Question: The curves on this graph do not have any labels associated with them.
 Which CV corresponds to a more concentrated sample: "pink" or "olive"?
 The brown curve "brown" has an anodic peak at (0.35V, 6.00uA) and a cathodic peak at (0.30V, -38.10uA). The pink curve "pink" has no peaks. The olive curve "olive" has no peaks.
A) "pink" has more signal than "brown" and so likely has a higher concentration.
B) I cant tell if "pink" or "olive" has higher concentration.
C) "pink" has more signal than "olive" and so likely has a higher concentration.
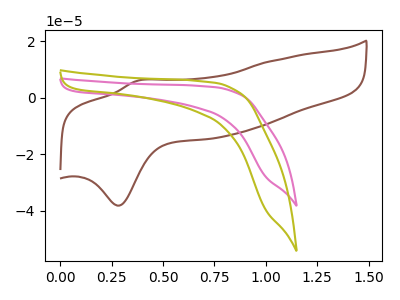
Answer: <think>Neither "pink" or "olive" have any peaks.
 </think>
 <answer>B) I cant tell if "pink" or "olive" has higher concentration.</answer>
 <eval>B</eval>